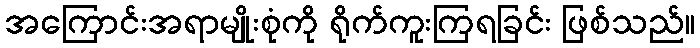
အကြောင်းအရာမျိုးစုံကို ရိုက်ကူးကြရခြင်း ဖြစ်သည်။